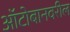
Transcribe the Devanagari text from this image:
ऑटोबानवरील